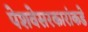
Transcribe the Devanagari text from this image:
पेशवेसरकारांकडे